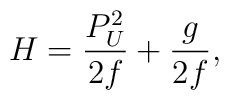
H={{P^2_U}\over{2f}}+{{g}\over{2f}},